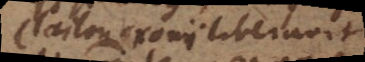
Claiton Oxonii liberavit